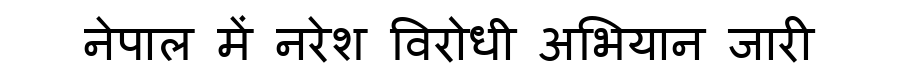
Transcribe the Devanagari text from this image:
नेपाल में नरेश विरोधी अभियान जारी